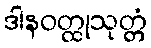
ဒါနဝတ္ထုသုတ္တံ